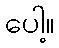
ပေါ့။